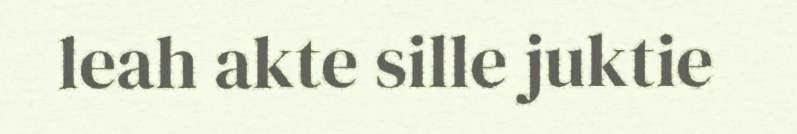
leah akte sille juktie